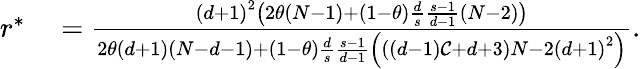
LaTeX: \begin{array}{rl}{r^{\ast}}&{{}=\frac{\left(d+1\right)^{2}\left(2\theta\left(N-1\right)+\left(1-\theta\right)\frac{d}{s}\frac{s-1}{d-1}\left(N-2\right)\right)}{2\theta\left(d+1\right)\left(N-d-1\right)+\left(1-\theta\right)\frac{d}{s}\frac{s-1}{d-1}\left(\left(\left(d-1\right)\mathcal{C}+d+3\right)N-2\left(d+1\right)^{2}\right)}.}\end{array}